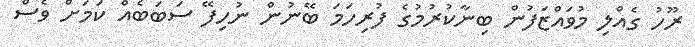
ރޫހު ގެއްލި މުވައްޒަފުން ބިނާކުރުމުގެ ފުރިހަމަ ބޭނުން ނުހިފޭ ސަބަބެއް ކަމަށް ވެސް